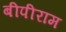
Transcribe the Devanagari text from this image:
बीपीराम